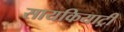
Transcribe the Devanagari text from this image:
सायकियाट्री